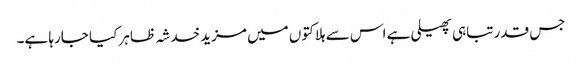
جس قدر تباہی پھیلی ہے اس سے ہلاکتوں میں مزید خدشہ ظاہر کیا جارہا ہے۔